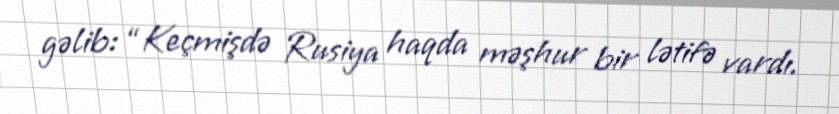
gəlib: “Keçmişdə Rusiya haqda məşhur bir lətifə vardı.